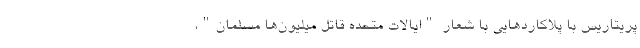
پریتاریس با پلاکاردهایی با شعار "ایالات متحده قاتل میلیون‌ها مسلمان"،